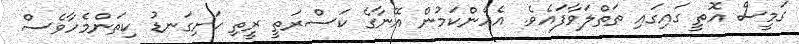
ގަމީސް އޮތީ ގައިގައި ތަތްލަވާފައެވެ. އެހެންކަމުން އޭނާގެ ކަސްރަތީ ރީތި ހަށިގަނޑު ކިތަންމެހާވެސް